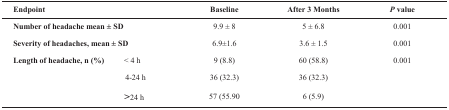
<table><thead><tr><td colspan="2"><b>Endpoint</b></td><td><b>Baseline</b></td><td><b>After 3 Months</b></td><td><b><i>P </i>value</b></td></tr></thead><tbody><tr><td colspan="2">Number of headache mean±SD</td><td>9.9±8</td><td>5 ±6.8</td><td>0.001</td></tr><tr><td colspan="2">Severity of headaches, mean±SD</td><td>6.9±1.6</td><td>3.6±1.5</td><td>0.001</td></tr><tr><td rowspan="3">Length of headache, n (%)</td><td>&lt;4 hours</td><td>9 (8.8)</td><td>60 (58.8)</td><td rowspan="3">0.001</td></tr><tr><td>4-24 h</td><td>36 (32.3)</td><td>36 (32.3)</td></tr><tr><td>&gt;24 h</td><td>57 (55.90</td><td>6 (5.9)</td></tr></tbody></table>